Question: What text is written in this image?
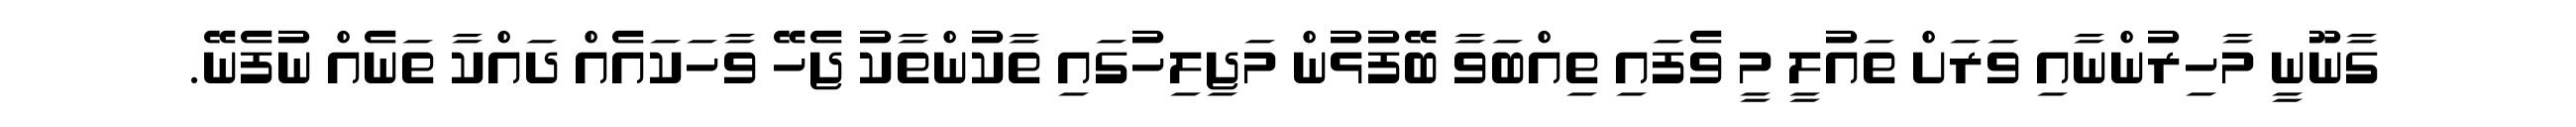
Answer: ގާނޫނީ މާހިރުންނާއި ވަރަށް ތައުލީ މީ ވެފައި ތިއްބަވާ ބޭފުޅުން މަޖިލިހުގައި ތާކުންތާކު ޖެހޭ ވާހަކައެއް ދައްކާ ތަނެއް ނުފެނޭ.